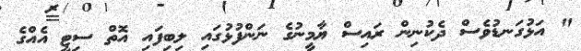
" އަޅުގަނޑުވެސް ދެކުނިން ރައިސް ޔާމީނުގެ ނަންފުޅުގައި ލިބިފައި އޮތް ސިޓީ އެއްގެ